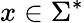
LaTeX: x\in\Sigma^{*}